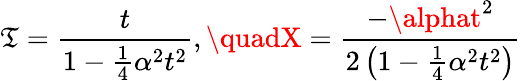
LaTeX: \mathfrak{T}={\frac{{t}}{{1-{\frac{{1}}{{4}}}\alpha{}^{2}t^{2}}}},\quadX={\frac{{-\alphat^{2}}}{{2\left(1-{\frac{{1}}{{4}}}\alpha{}^{2}t^{2}\right)}}}